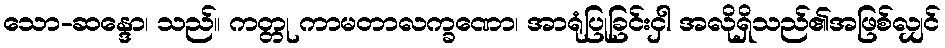
သော-ဆန္ဒော၊ သည်။ ကတ္တု ကာမတာလက္ခဏော၊ အာရုံပြုခြင်းငှါ အလိုရှိသည်၏အဖြစ်လျှင်